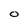
Character: O